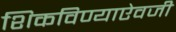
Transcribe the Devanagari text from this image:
शिकविण्याऐवजी